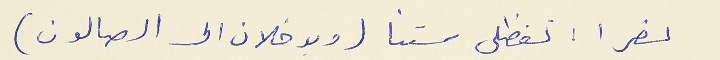
نصرا : تفظلي ستنا (ويدخلان الصالون)